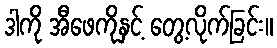
ဒါကို အီဖေကိုနှင့် တွေ့လိုက်ခြင်း။